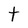
Character: t